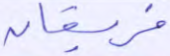
فريقان